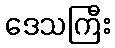
ဒေသကြီး